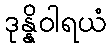
ဒုန္နိဝါရယံ